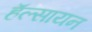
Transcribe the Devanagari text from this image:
हॅल्सायन